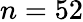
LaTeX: n=52